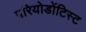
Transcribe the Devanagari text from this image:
परियोडोंटिस्ट